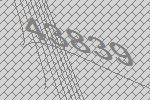
43839